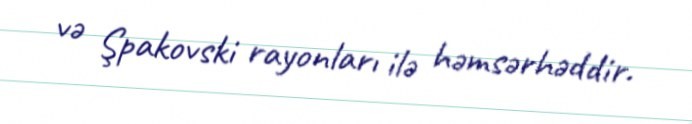
və Şpakovski rayonları ilə həmsərhəddir.